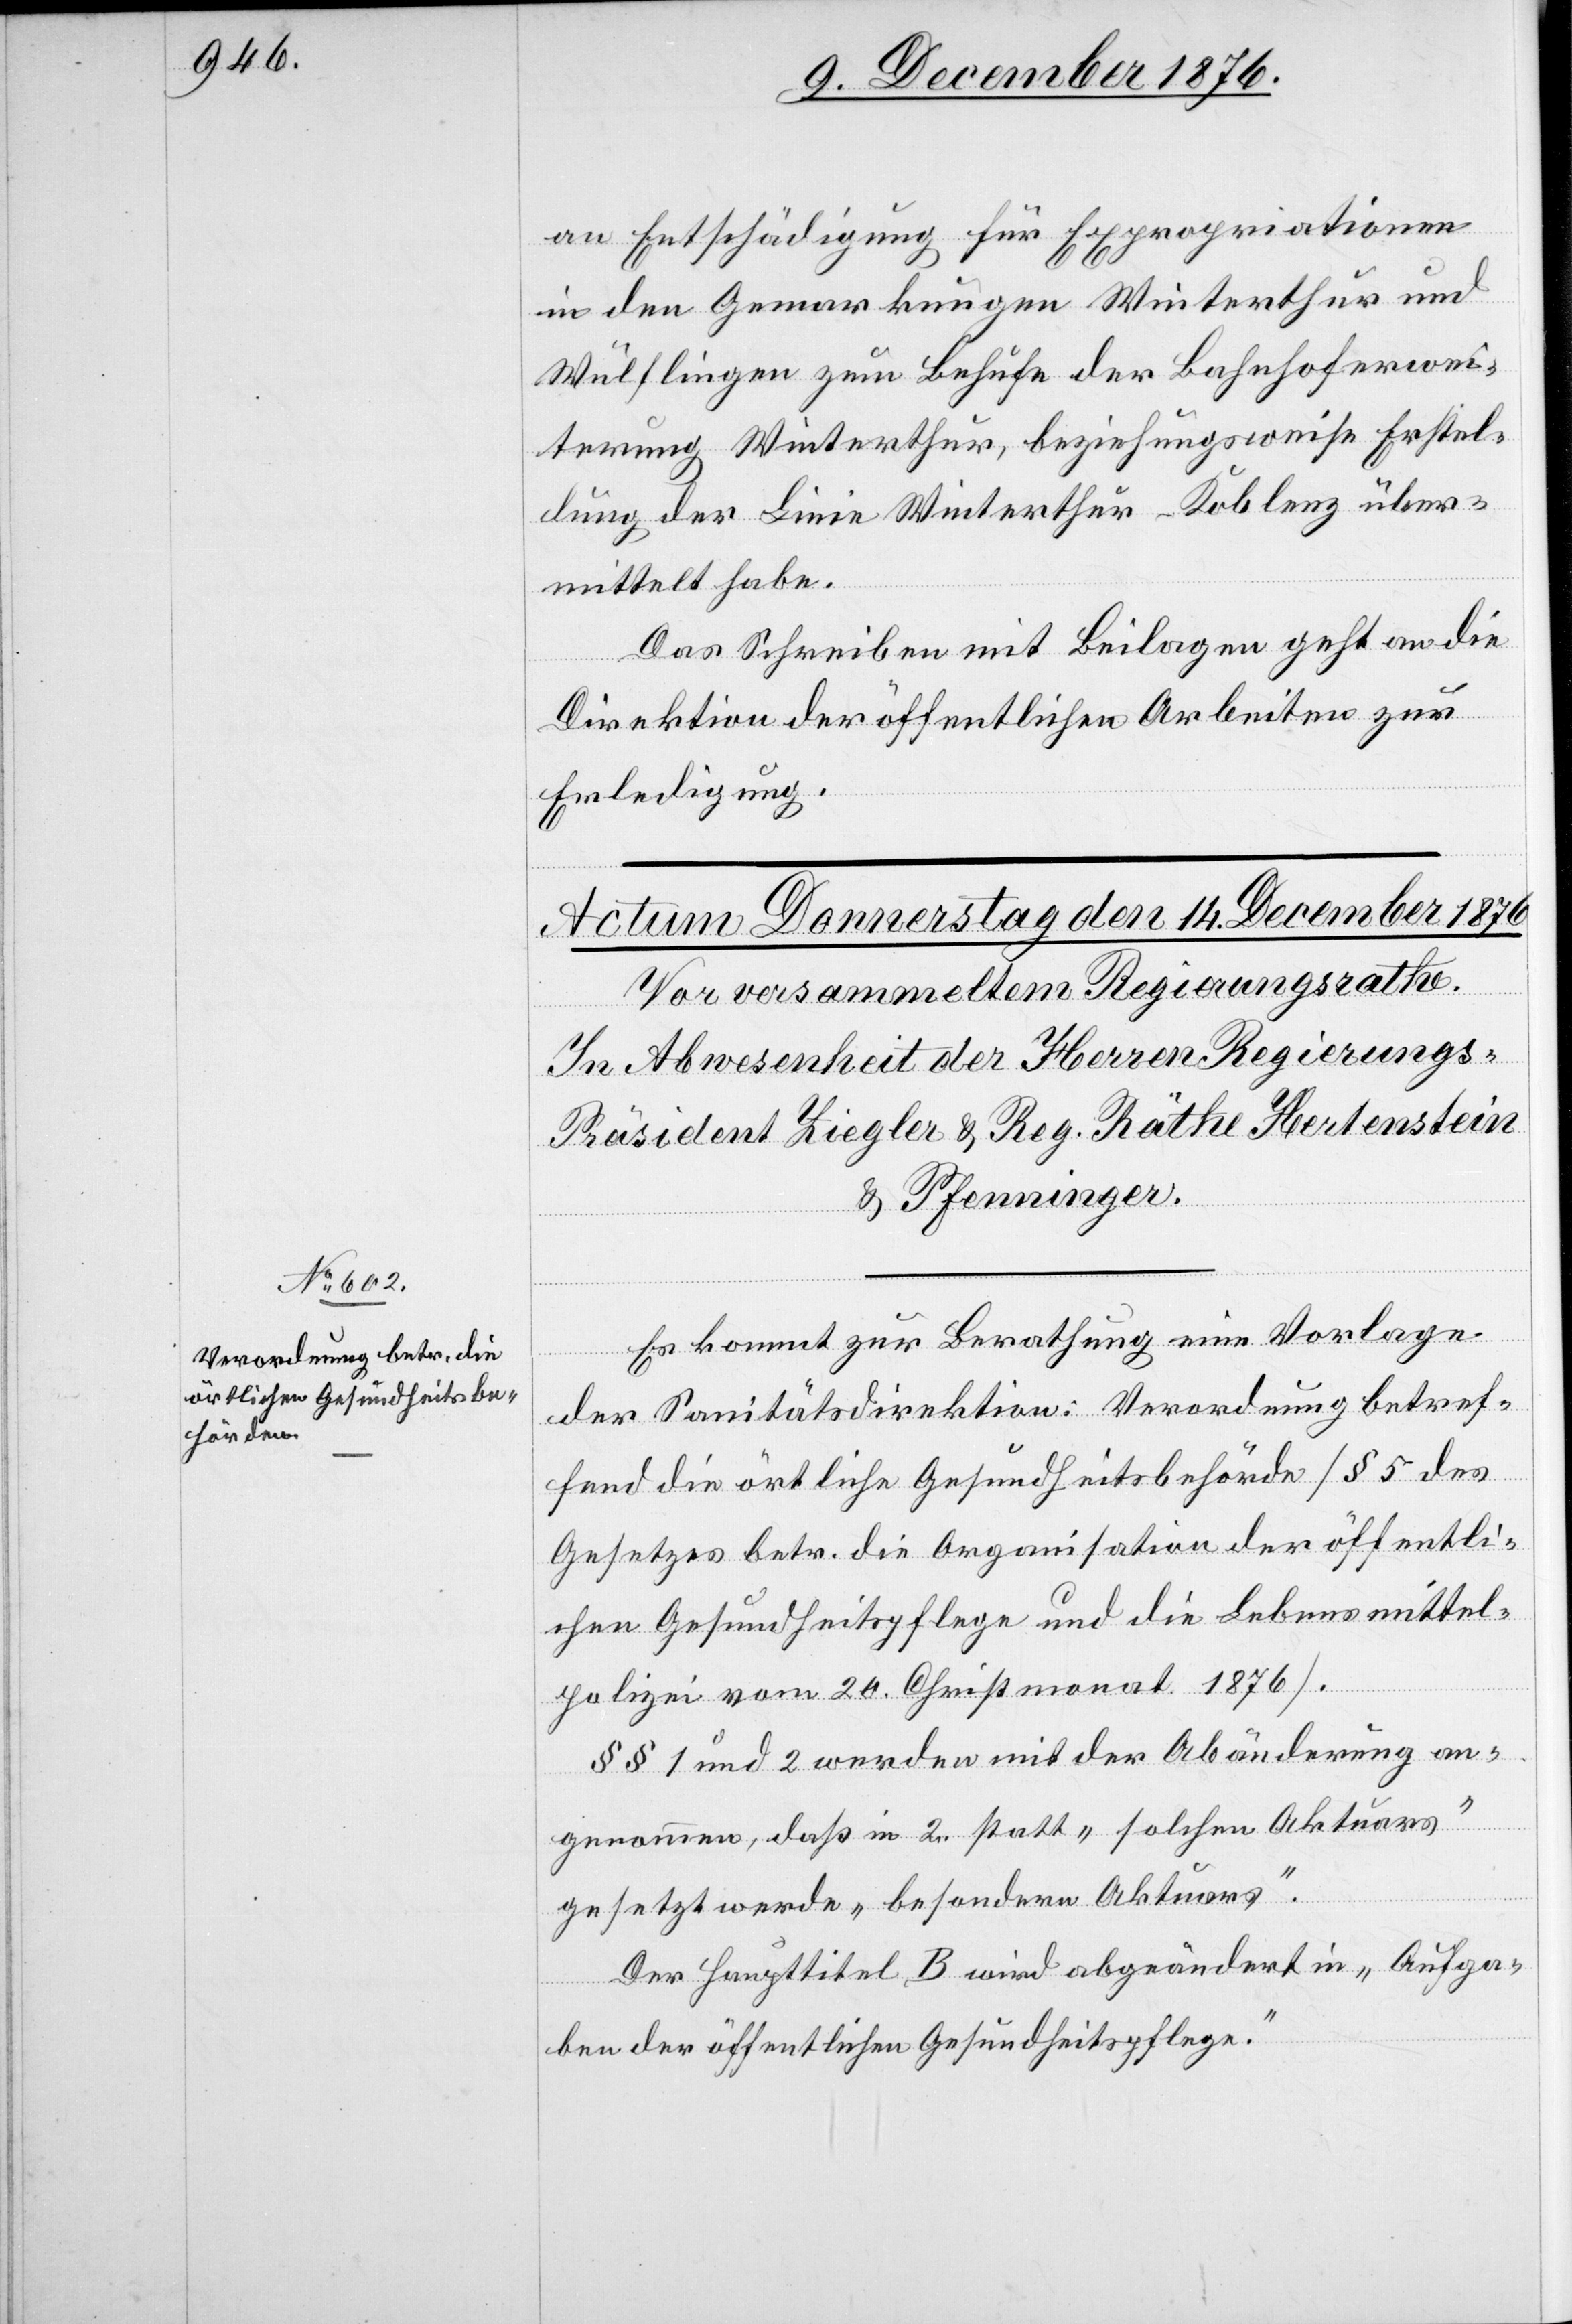
an Entschädigungen für Expropriationen
in den Gemarkungen Winterthur und
Wülflingen zum Behufe der Bahnhoferwei¬
terung Winterthur, beziehungsweise Erstel¬
lung der Linie Winterthur–Koblenz über¬
mittelt habe.
Das Schreiben mit Beilagen geht an die
Direktion der öffentlichen Arbeiten zur
Erledigung.
Es kommt zur Berathung eine Vorlage
der Sanitätsdirektion: Verordnung betref¬
fend die örtliche Gesundheitsbehörde [§ 5 des
Gesetzes betr. die Organisation der öffentli¬
chen Gesundheitspflege und die Lebensmittel¬
polizei vom 20. Christmonat 1876].
§§ 1 und 2 werden mit der Abänderung an¬
genommen, daß in 2. statt „solchen Aktuars“
gesetzt werde „besondern Aktuars“.
Der Haupttitel B wird abgeändert in „Aufga¬
ben der öffentlichen Gesundheitspflege“.